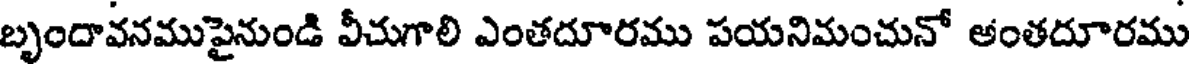
బృందావనముపైనుండి వీచుగాలి ఎంతదూరము పయనిమంచునో అంతదూరము